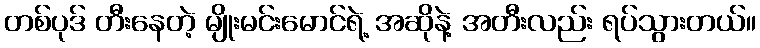
တစ်ပုဒ် တီးနေတဲ့ မျိုးမင်းမောင်ရဲ့ အဆိုနဲ့ အတီးလည်း ရပ်သွားတယ်။